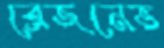
ব্রেজনেভ